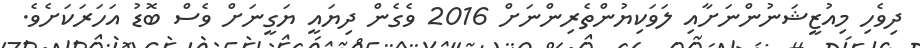
ދިވެހި މިއުޒީޝަނުންނަށާއި ލަވަކިޔުންތެރިންނަށް 2016 ވެގެން ދިޔައީ ޔަގީނަށް ވެސް ބޮޑު އަހަރަކަށެވެ.